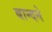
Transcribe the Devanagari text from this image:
बान्दने